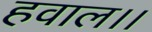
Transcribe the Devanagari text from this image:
हवाल।।